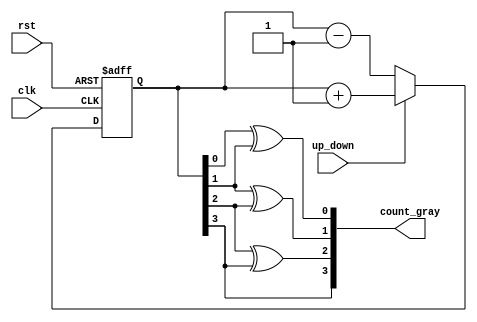
module up_down_gray_counter (
    input wire clk,            // Clock input
    input wire rst,            // Reset input
    input wire up_down,        // Up/down control signal
    output reg [3:0] count_gray    // Output count in Gray code format
);

reg [3:0] count;            // Counter value stored in binary

always @(posedge clk or posedge rst) begin
    if (rst) begin
        count <= 0;
    end else begin
        if (up_down) begin
            count <= count + 1;    // Increment count if up_down is high
        end else begin
            count <= count - 1;    // Decrement count if up_down is low
        end
    end
end

assign count_gray[0] = count[0] ^ count[1];    // Calculate Gray code output
assign count_gray[1] = count[1] ^ count[2];
assign count_gray[2] = count[2] ^ count[3];
assign count_gray[3] = count[3];

endmodule